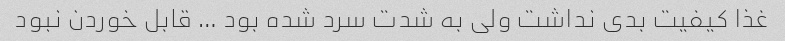
غذا کیفیت بدی نداشت ولی به شدت سرد شده بود … قابل خوردن نبود